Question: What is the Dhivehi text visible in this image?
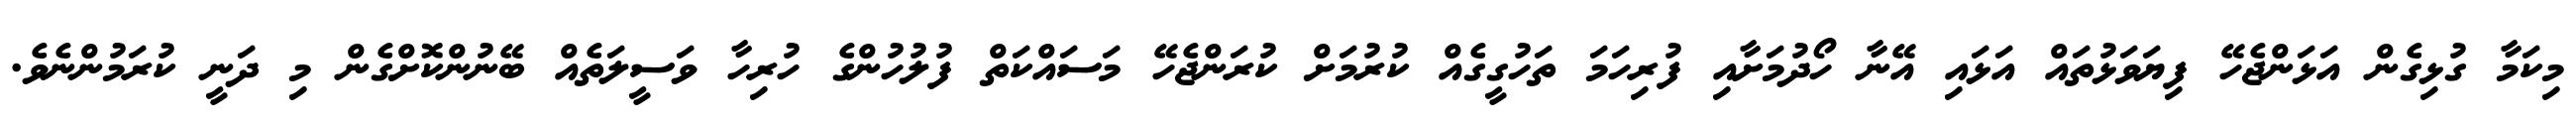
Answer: މިކަމާ ގުޅިގެން އަޅަންޖެހޭ ފިޔަވަޅުތައް އަޅައި އޭނާ ހޯދުމަށާއި ފުރިހަމަ ތަހުގީގެއް ކުރުމަށް ކުރަންޖެހޭ މަސައްކަތް ފުލުހުންގެ ހުރިހާ ވަސީލަތެއް ބޭނުންކޮށްގެން މި ދަނީ ކުރަމުންނެވެ.